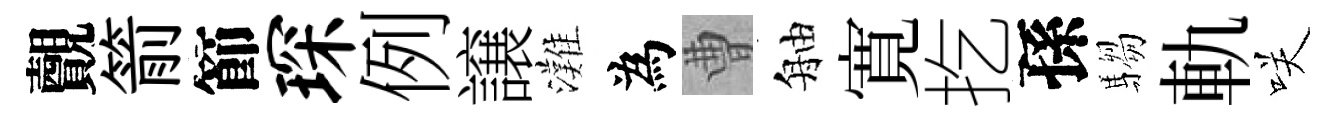
覿箭節琛例譲灘為曹舳寛扢孫騶軌咲